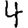
Digit: 4